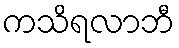
ကသိရလာဘီ